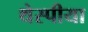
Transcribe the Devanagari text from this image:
थेस्पीया